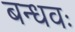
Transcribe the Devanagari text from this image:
बन्धवः